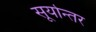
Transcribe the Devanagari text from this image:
सूर्यान्तर